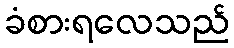
ခံစားရလေသည်